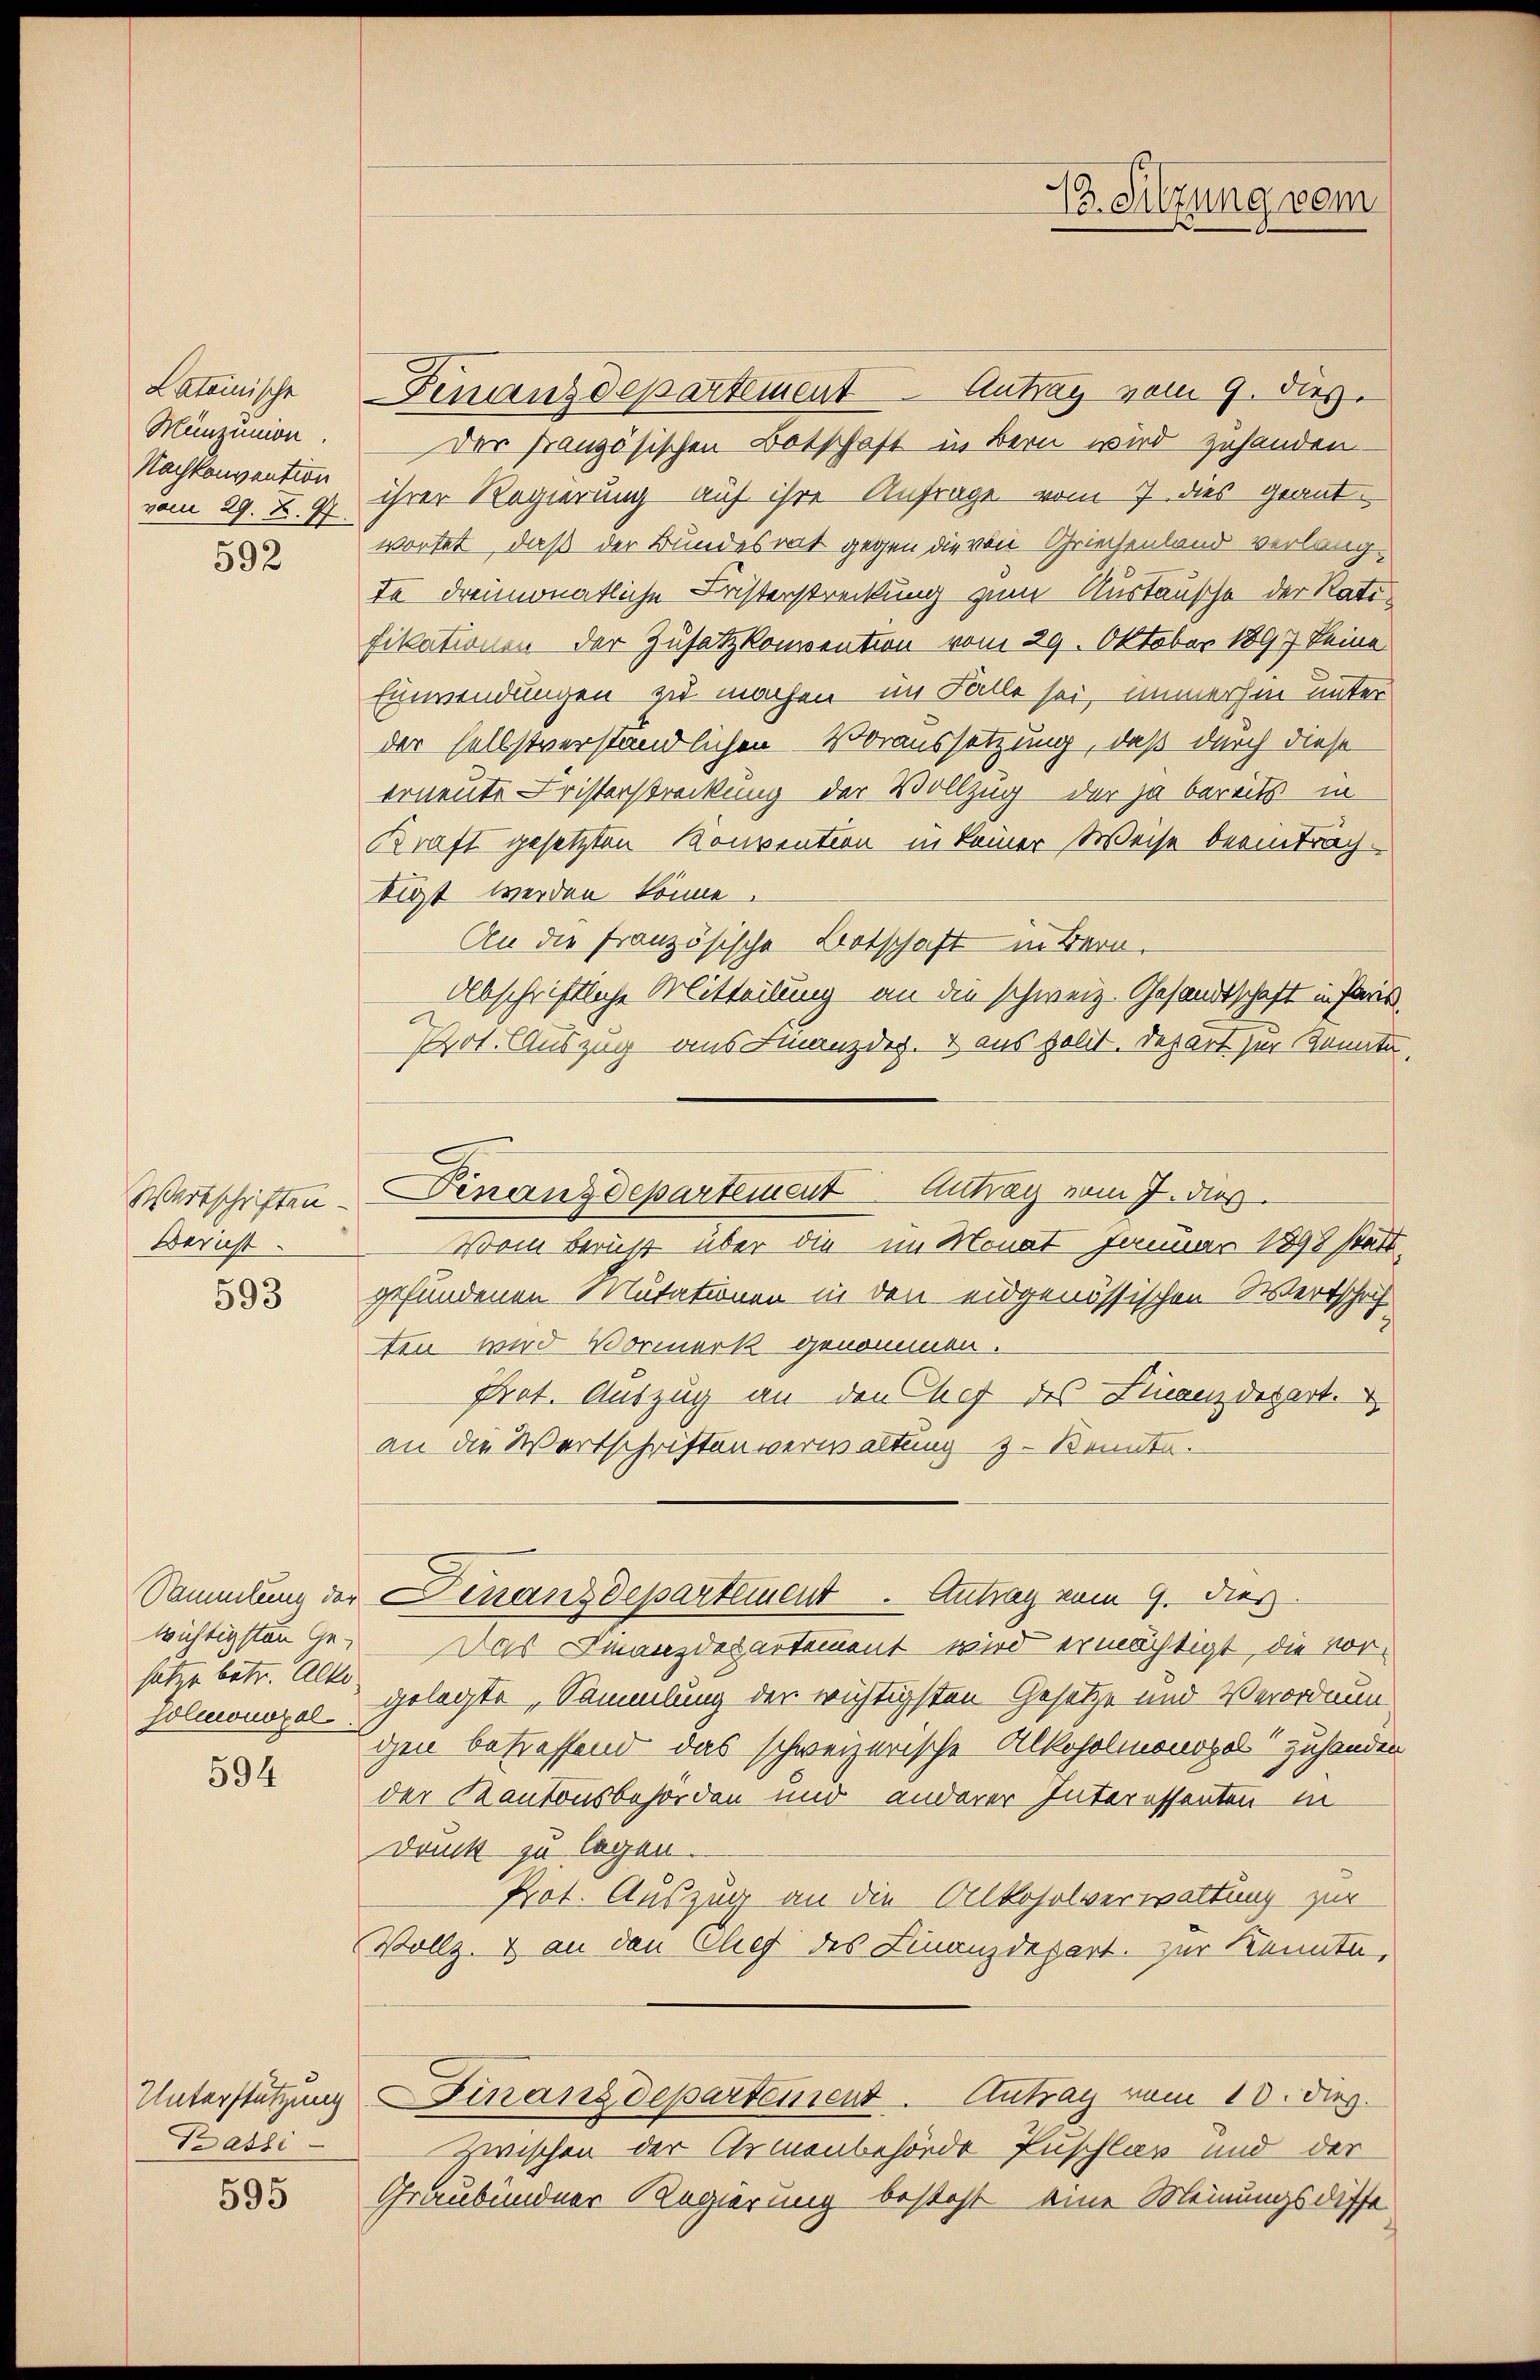
Lateiische
Mänzunion.
Nachkonvention
vom 29. X. 7
592

Wertschriften.
Bernst

593

Sammlung der
wichtigsten Gesatze betr. Alte
solmonopol

594

Unterstützung
Prads

595

Genanzdepartement Antrag vom 9. dies
Der französischen Botschaft in Bern wird zuhanden.
ihrer Regierung auf ihre Anfrage vom 7. dies geantwortet, daß der Bundesrat gegen die von Griechenland verlang-
te dreimonatliche Fristerstreckung zum Austausche der Ratifikationen der Zusatz kompention vom 29. Oktober 1897 keine
Einwendungen zu machen im Falle sei, immerhin unter
der selbstverständlichen Voraussetzung, daß durch diese
erneute Leisterstreckung der Vollzug der ja bereits in
Kraft gesetzten Konvention in keiner Weise beeintrachtigt werden könne.
An die französische Botschaft in Bern,
albschriftliche Mitteilung an die schweiz. Gesandtschaft in Paris,
Prot. Auszug aus Finanzdig. I aus polit. Depart zur Kennte,
Vom Bericht über die im Monat Januar 1898 statt
gefundenen Mutationen in den eidgenössischen Wertschrif
ten wird Vormerk genommen.
Prot. Auszug an den Chef des Finanzdepart.
an die Wertschriften verwaltung zu Kennte.
Finanzdepartement. Antrag vom 9. dies
Das Finanzdepartement wird ermächtigt, die vorgelegte, Sammlung der wichtigsten Gesetze und Verordnun
gen betreffend das schweizerische Alkoholmonopel zuhanden
der Kantonsbehörden und anderer Interessenten in
Druck zu legen.
Prot. Auszug an die Alkoholverwaltung zur
Vollz. & an den Chef des Finanzdepart zur Kennte,
Finanzdepartement. Antrag vom 10. Dez.
Zischen der Armenbehörde Puschlav und der
Graubündner Regierung besteht eine Meinungsdiffe

Finanzdepartement Antrag vom J. dies

T. Sitzung vom